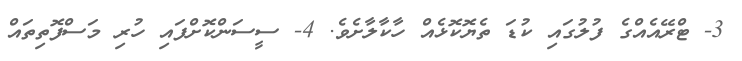
3- ޓްރޭއެެއްގެ ފުލުގައި ކުޑަ ތެޔޮކޮޅެއް ހާކާލާށެވެ. 4- ސީސަންކޮށްފައި ހުރި މަސްފޮތިތައް